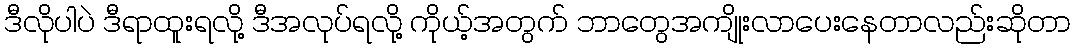
ဒီလိုပါပဲ ဒီရာထူးရလို့ ဒီအလုပ်ရလို့ ကိုယ့်အတွက် ဘာတွေအကျိုးလာပေးနေတာလည်းဆိုတာ